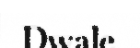
Dwale